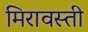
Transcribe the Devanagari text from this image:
मिरावस्ती